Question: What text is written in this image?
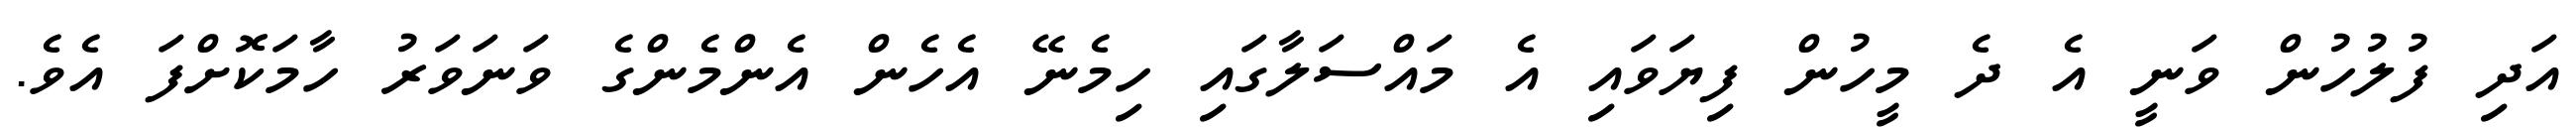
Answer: އަދި ފުލުހުން ވަނީ އެ ދެ މީހުން ފިޔަވައި އެ މައްސަލާގައި ހިމެނޭ އެހެން އެންމެންގެ ވަނަވަރު ހާމަކޮށްފަ އެވެ.